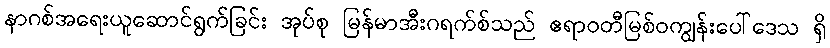
နာဂစ်အရေးယူဆောင်ရွက်ခြင်း အုပ်စု မြန်မာအီးဂရက်စ်သည် ဧရာဝတီမြစ်ဝကျွန်းပေါ်ဒေသ ရှိ